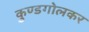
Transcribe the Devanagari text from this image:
कुण्डगोलकर